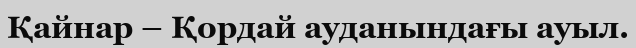
Қайнар – Қордай ауданындағы ауыл.